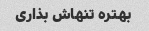
بهتره تنهاش بذاری